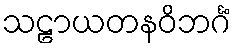
သဠာယတနဝိဘင်္ဂံ